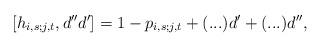
LaTeX: \begin{align*}[ h_{i,s;j,t}, d'' d' ] = 1- p_{i,s;j,t}+ (...) d' + (...)d'',\end{align*}